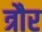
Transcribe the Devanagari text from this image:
त्रौर